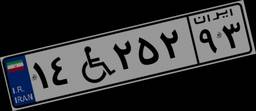
۱۴W۲۵۲۹۳